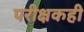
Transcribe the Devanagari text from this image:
परीक्षकही